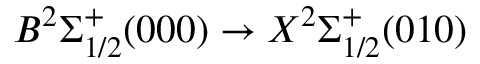
B ^ { 2 } \Sigma _ { 1 / 2 } ^ { + } ( 0 0 0 ) \rightarrow X ^ { 2 } \Sigma _ { 1 / 2 } ^ { + } ( 0 1 0 )